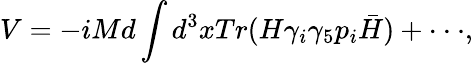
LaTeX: V=-iMd\int d^{3}xTr(H\gamma_{i}\gamma_{5}p_{i}\bar{H})+\cdot\cdot\cdot,